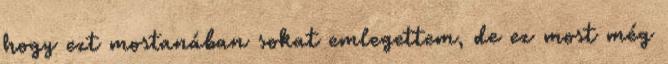
hogy ezt mostanában sokat emlegettem, de ez most még